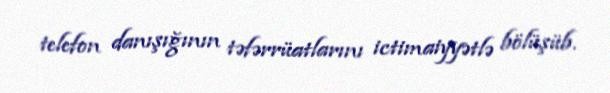
telefon danışığının təfərrüatlarını ictimaiyyətlə bölüşüb.